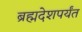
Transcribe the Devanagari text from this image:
ब्रह्मदेशपर्यंत